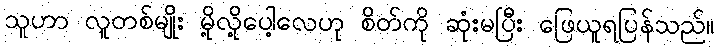
သူဟာ လူတစ်မျိုး မို့လို့ပေါ့လေဟု စိတ်ကို ဆုံးမပြီး ဖြေယူရပြန်သည်။